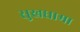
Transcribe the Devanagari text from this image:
सुखधामा